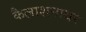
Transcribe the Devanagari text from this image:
कैलाशनाथर